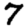
Digit: 7